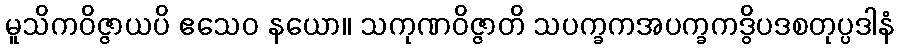
မူသိကဝိဇ္ဇာယပိ ဧသေဝ နယော။ သကုဏဝိဇ္ဇာတိ သပက္ခကအပက္ခကဒွိပဒစတုပ္ပဒါနံ